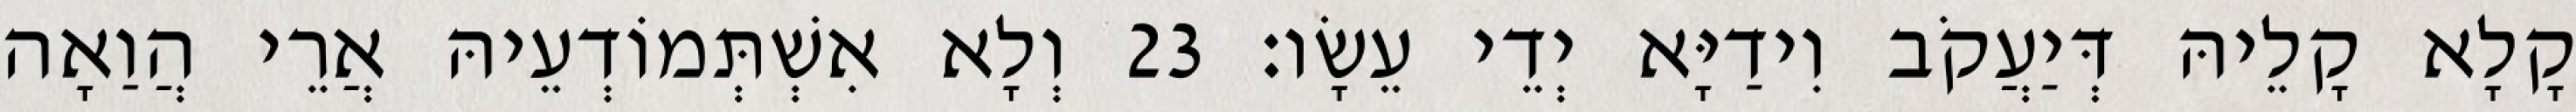
קָלָא קָלֵיהּ דְּיַעֲקֹב וִידַיָּא יְדֵי עֵשָׂו׃ 23 וְלָא אִשְׁתְּמוֹדְעֵיהּ אֲרֵי הֲוַאָה